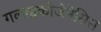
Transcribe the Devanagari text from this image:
गलाइकोजेनेसिस